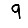
Digit: 9